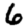
Digit: 6